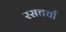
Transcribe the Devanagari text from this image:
रसचर्चा